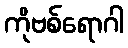
ကိုဗစ်ရောဂါ